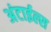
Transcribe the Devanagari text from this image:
अंटाईल्स